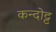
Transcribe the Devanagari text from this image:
कन्दोट्ट